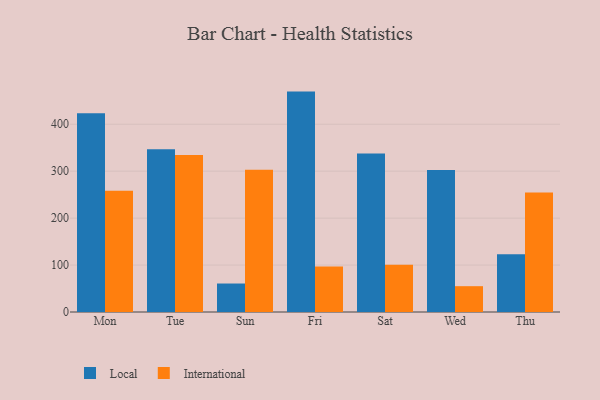
{"axis": {"x": "Day", "y": "Energy Usage (MWh)"}, "legend": ["International", "Local"], "data": [{"x": "Mon", "y": 423.6, "type": "Local"}, {"x": "Mon", "y": 258.1, "type": "International"}, {"x": "Tue", "y": 346.9, "type": "Local"}, {"x": "Tue", "y": 334.2, "type": "International"}, {"x": "Sun", "y": 60.7, "type": "Local"}, {"x": "Sun", "y": 302.9, "type": "International"}, {"x": "Fri", "y": 469.5, "type": "Local"}, {"x": "Fri", "y": 97.0, "type": "International"}, {"x": "Sat", "y": 337.7, "type": "Local"}, {"x": "Sat", "y": 100.7, "type": "International"}, {"x": "Wed", "y": 302.5, "type": "Local"}, {"x": "Wed", "y": 55.0, "type": "International"}, {"x": "Thu", "y": 122.8, "type": "Local"}, {"x": "Thu", "y": 254.6, "type": "International"}]}